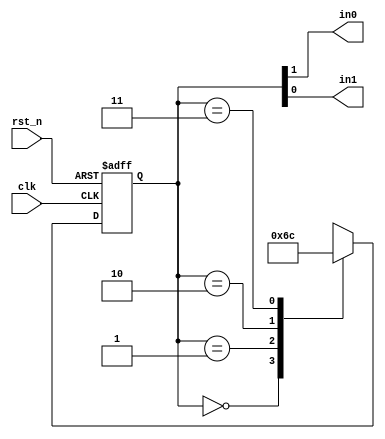
`timescale 1ns/1ps

module quiz01 (clk, rst_n, in0, in1);

    input clk, rst_n;
    output reg in0, in1;

    reg [1:0] c_state, n_state;

    parameter S_0 = 2'b00;
    parameter S_1 = 2'b01;
    parameter S_2 = 2'b10;
    parameter S_3 = 2'b11;

    always @ (posedge clk, negedge rst_n)
    begin
        if (!rst_n) c_state <= 2'b0;
        else c_state <= n_state;
    end

    always @ (c_state)
    case (c_state)
    S_0: n_state = S_1;
    S_1: n_state = S_2;
    S_2: n_state = S_3;
    S_3: n_state = S_0;
    default: n_state = S_0;
    endcase

    always @ (c_state)
    begin
        in0 = c_state[1];
        in1 = c_state[0];
    end

endmodule

module input2_and (in0, in1, out);

    input in0, in1;
    output out;

    assign out = in0 && in1;

endmodule